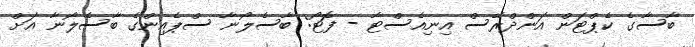
ބާސާގެ ކެޕްޓަން އަންދްރޭސް އިނިއެސްޓާ - ފޮޓޯ: ބާސެލޯނާ ސްޕެއިންގެ ބާސެލޯނާ އަށް